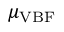
\mu _ { \ensuremath { \mathrm { V B F } } }